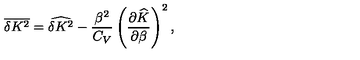
\overline { { \delta K ^ { 2 } } } = \widehat { \delta K ^ { 2 } } - \frac { \beta ^ { 2 } } { C _ { V } } \left( \frac { \partial \widehat { K } } { \partial \beta } \right) ^ { 2 } ,